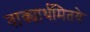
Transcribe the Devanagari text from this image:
वाक्यार्थमितये